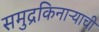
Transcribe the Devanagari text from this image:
समुद्रकिनाऱ्याची